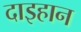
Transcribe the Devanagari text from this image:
दाइहान